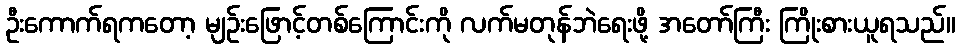
ဦးကောက်ရကတော့ မျဉ်းဖြောင့်တစ်ကြောင်းကို လက်မတုန်ဘဲရေးဖို့ အတော်ကြီး ကြိုးစားယူရသည်။